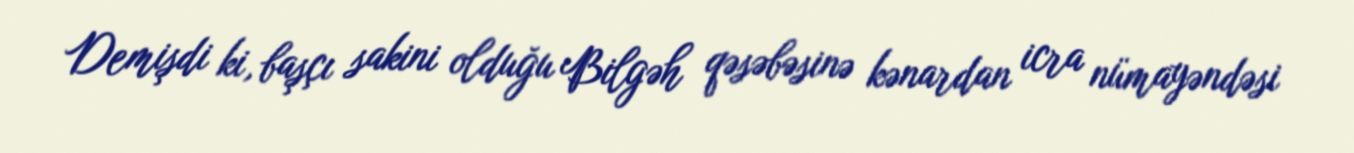
Demişdi ki, başçı sakini olduğu Bilgəh qəsəbəsinə kənardan icra nümayəndəsi